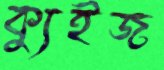
ক্যুইজ